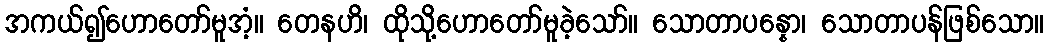
အကယ်၍ဟောတော်မူအံ့။ တေနဟိ၊ ထိုသို့ဟောတော်မူခဲ့သော်။ သောတာပန္နော၊ သောတာပန်ဖြစ်သော။